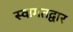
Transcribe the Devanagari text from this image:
स्वागतद्वार